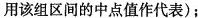
用该组区间的中点值作代表)；